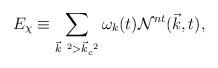
LaTeX: \begin{align*}E_{\chi} \equiv \sum_{{\vec k}^{~2}>{\vec k}_c^{~2}}{\omega}_k(t) {\cal N}^{nt}({\vec k},t),\end{align*}